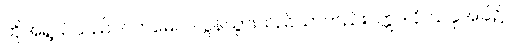
ထိုအရွယ်သည်။ ဂတမေဝ၊ လွန်သွားသည်သာတည်း။ ဣဒါနိ၊ ယခုအခါ၌။